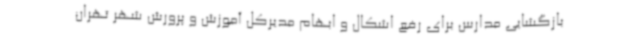
بازگشایی مدارس برای رفع اشکال و ابهام مدیرکل آموزش و پرورش شهر تهران